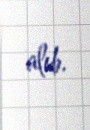
alıb.